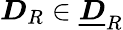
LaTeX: \boldsymbol{D}_{R}\in\underline{{\boldsymbol{D}}}_{R}